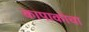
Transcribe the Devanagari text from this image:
कापाकोचा